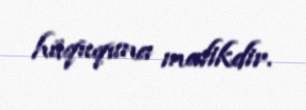
hüququna malikdir.